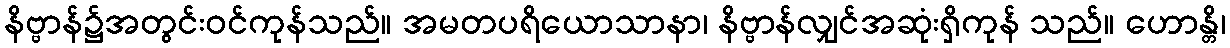
နိဗ္ဗာန်၌အတွင်းဝင်ကုန်သည်။ အမတပရိယောသာနာ၊ နိဗ္ဗာန်လျှင်အဆုံးရှိကုန် သည်။ ဟောန္တိ၊